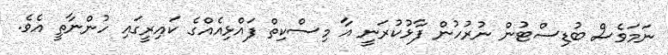
ނަމަވެސް ބުޑިސްޓުން ނުރުހުން ފާޅުކުރަނީ އާ މިސްކިތް ފައްޅިއެއްގެ ކައިރީގައި ހުންނާތީ އެވެ.